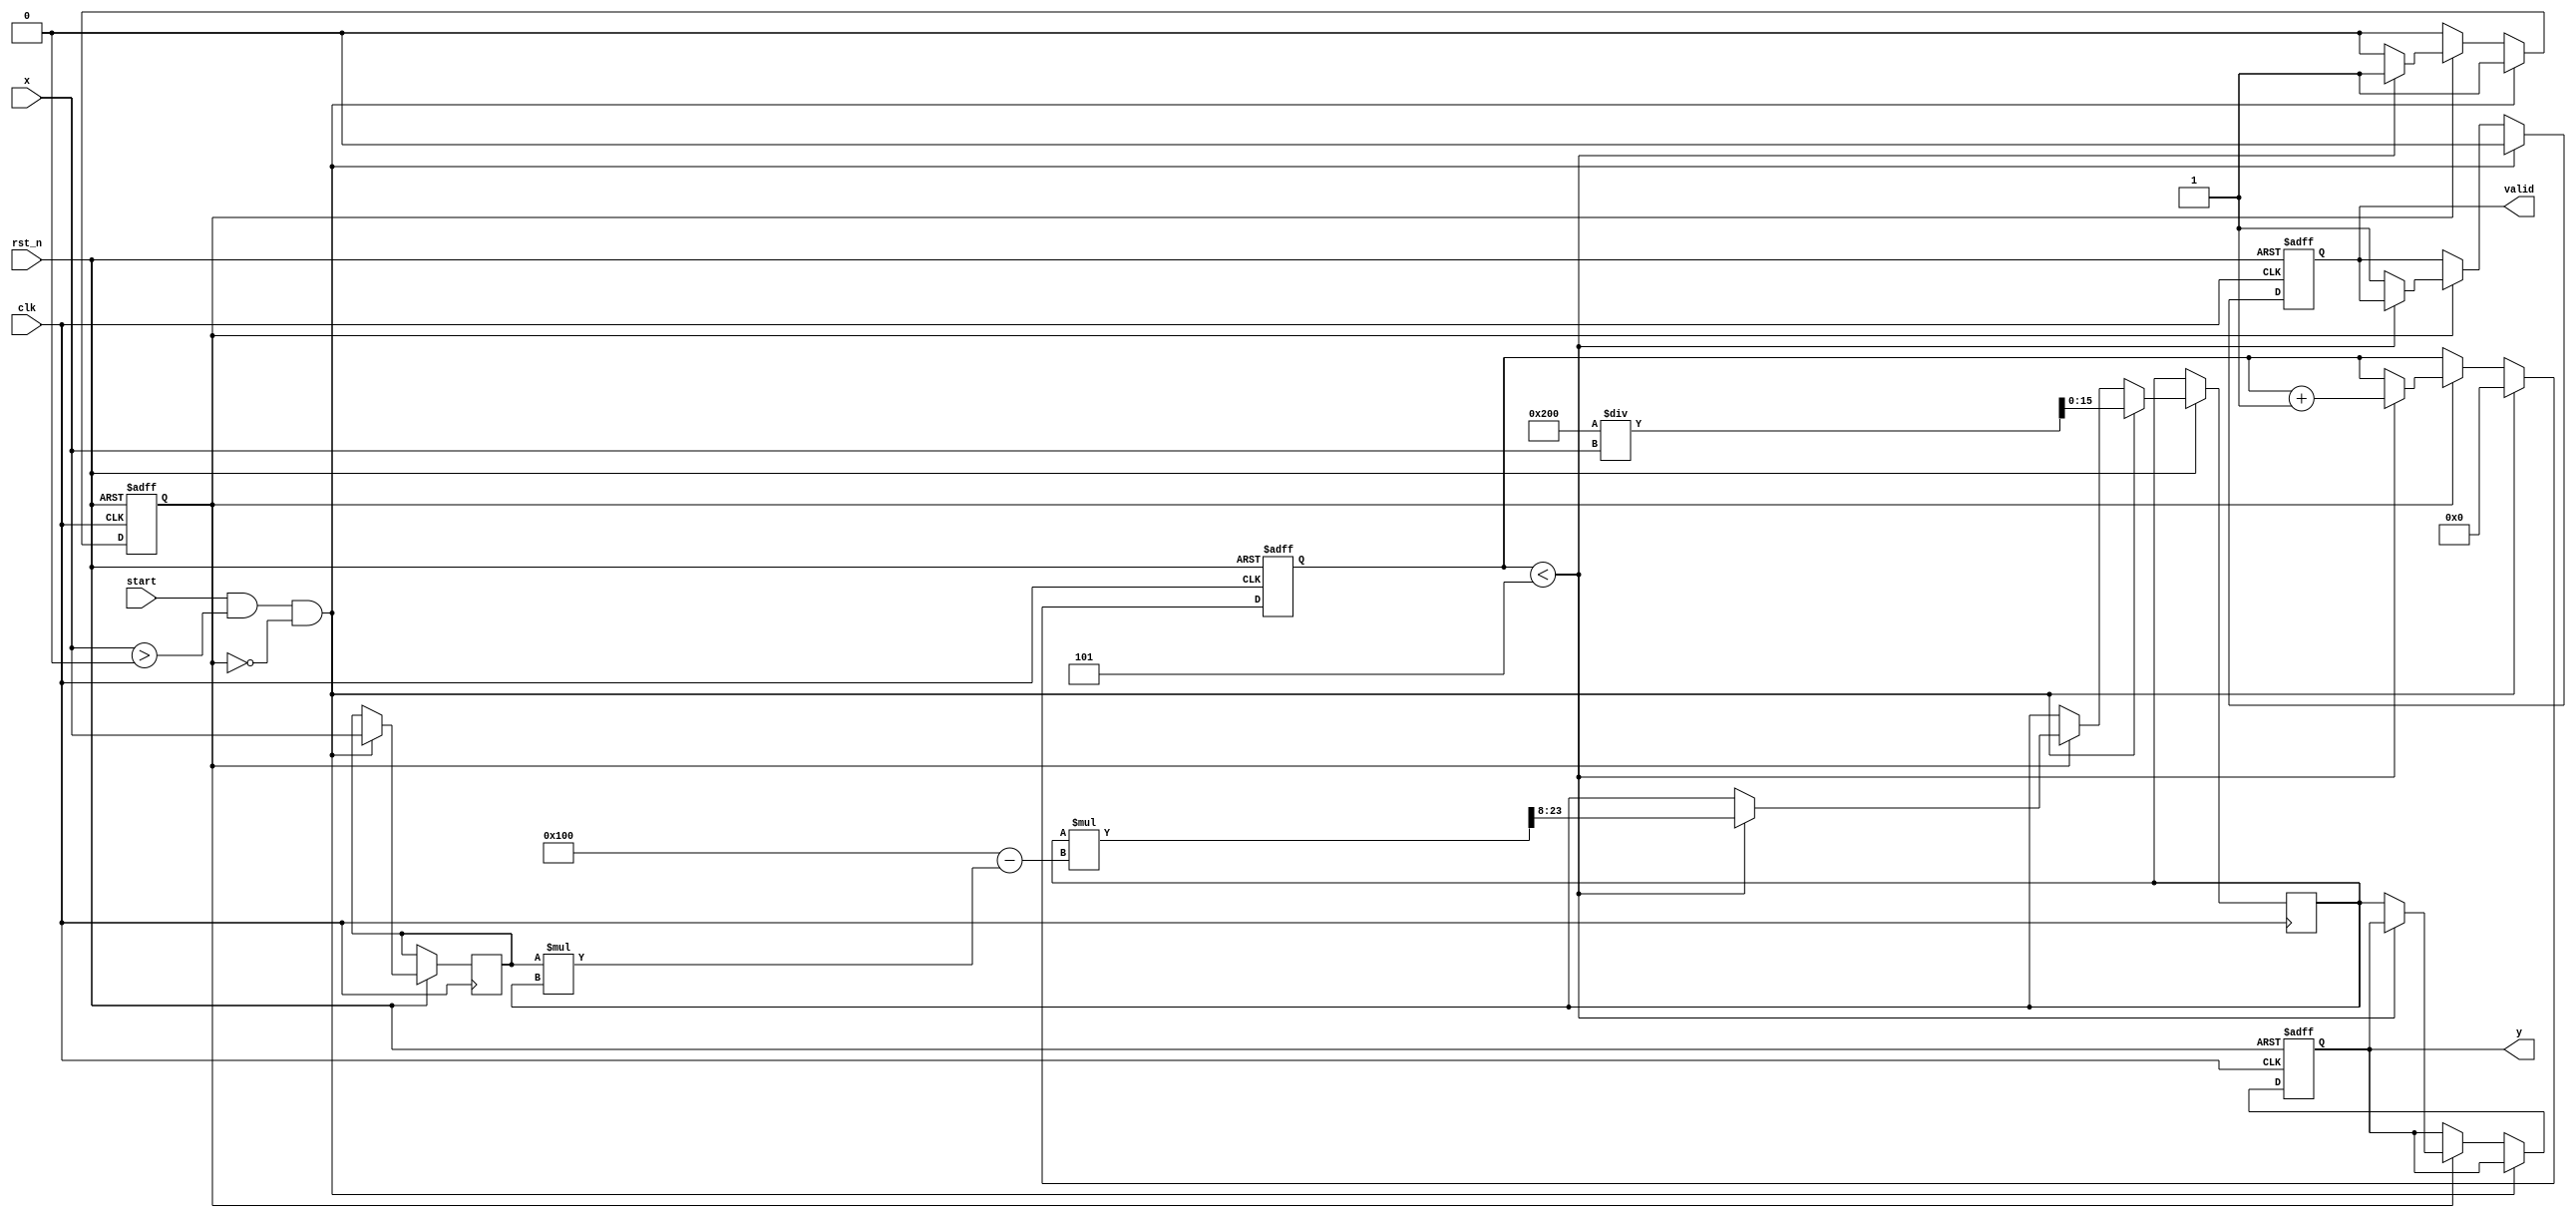
module FixedPointReciprocal #(
    parameter INPUT_WIDTH = 16, // Total input width (m+n)
    parameter FRACTIONAL_BITS = 8, // Number of fractional bits (n)
    parameter MAX_ITERATIONS = 5 // Maximum number of iterations for Newton-Raphson
)(
    input wire clk,
    input wire rst_n,
    input wire start,
    input wire [INPUT_WIDTH-1:0] x, // Fixed-point input value (x > 0)
    output reg valid,
    output reg [INPUT_WIDTH-1:0] y // Fixed-point output value (y = 1/x)
);

    // Internal state
    reg [INPUT_WIDTH-1:0] x_reg;
    reg [INPUT_WIDTH-1:0] approx;
    reg [3:0] iteration_count;
    reg computing;

    // Initial guess based on the input value
    initial begin
        y = 0;
        valid = 0;
        computing = 0;
        iteration_count = 0;
    end

    always @(posedge clk or negedge rst_n) begin
        if (!rst_n) begin
            y <= 0;
            valid <= 0;
            computing <= 0;
            iteration_count <= 0;
        end else begin
            if (start && x > 0 && !computing) begin
                // Start computation
                computing <= 1;
                valid <= 0;
                x_reg <= x;
                approx <= (1 << (FRACTIONAL_BITS + 1)) / x;  // Initial guess: 2^(n+1) / x
                iteration_count <= 0;
            end else if (computing) begin
                // Newton-Raphson iteration
                if (iteration_count < MAX_ITERATIONS) begin
                    approx <= approx * (2**FRACTIONAL_BITS - x_reg * approx) >> FRACTIONAL_BITS; // approx = approx * (2 - x * approx)
                    iteration_count <= iteration_count + 1;
                end else begin
                    // Finalize output
                    y <= approx;
                    valid <= 1;
                    computing <= 0;
                end
            end
        end
    end

endmodule